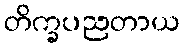
တိက္ခပညတာယ